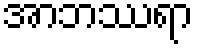
အာဘဿရာ